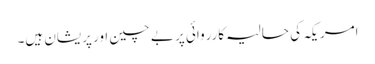
امریکہ کی حالیہ کارروائی پر بے چین اور پریشان ہیں۔